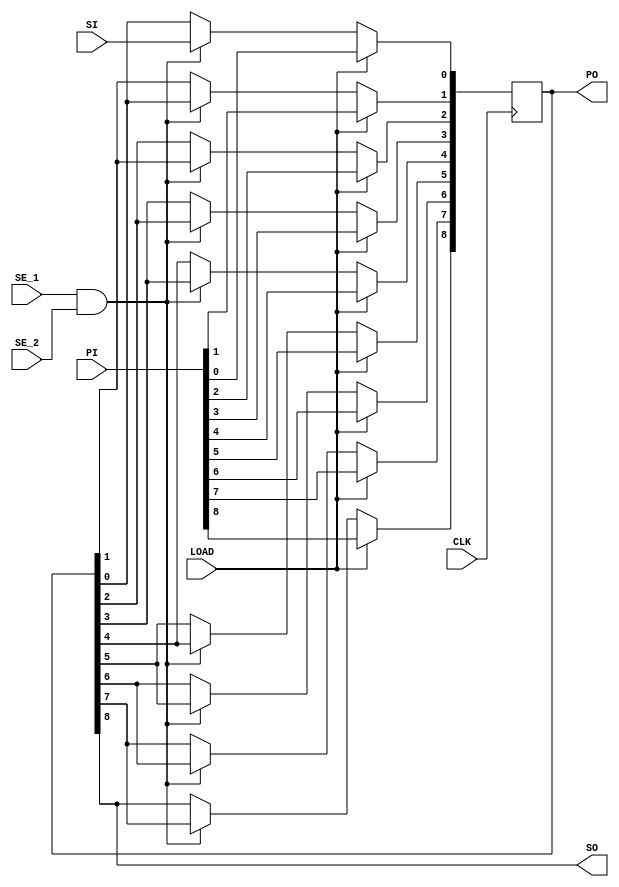
`timescale 1ns / 1ps
/**
 * Shift register module
 *
 * Parameter description
 * size   - The size(no. of cells) of the shift register
 *
 * Port description
 * CLK    - Input clock
 * LOAD   - Loads the parallel input in PI[] to the shift register
 * SE_1   - Shift Enable 1
 * SE_2   - Shift Enable 2. SE_1 and SE_2 are AND-ed together to generate shift enable
 *          for the shift register
 * SI     - Serial input
 * PI     - Parallel input
 * PO     - Parallel output
 * SO     - Serial output
 */
module shift_register#(parameter size = 9)(
    input CLK,
    input LOAD,
    input SE_1,
    input SE_2,
    input SI,
    input [(size-1):0] PI,
    output [(size-1):0] PO,
    output SO
    );
  reg[(size-1):0] buffer;
  integer bitfield;
  
  assign PO = buffer;
  assign SO = buffer[size-1];
  always @ (posedge CLK) begin
    if(LOAD == 1) begin
      buffer <= PI;
    end else if((SE_1 & SE_2) == 1) begin
      for(bitfield = (size-1); bitfield > 0; bitfield = bitfield - 1)
        buffer[bitfield] <= buffer[bitfield - 1];
      buffer[0] <= SI;
    end
  end
endmodule